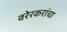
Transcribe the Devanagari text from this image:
वरेरकरांचा